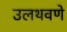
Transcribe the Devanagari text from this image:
उलथवणे